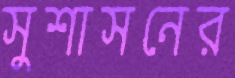
সুশাসনের